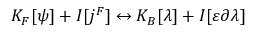
K _ { F } [ \psi ] + I [ j ^ { F } ] \leftrightarrow K _ { B } [ \lambda ] + I [ \varepsilon \partial \lambda ]